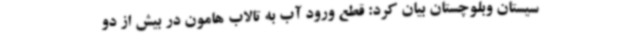
سیستان وبلوچستان بیان کرد: قطع ورود آب به تالاب هامون در بیش از دو